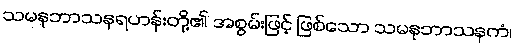
သမနုဘာသနရဟန်းတို့၏ အစွမ်းဖြင့် ဖြစ်သော သမနုဘာသနကံ၊